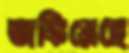
তাকিয়েছে